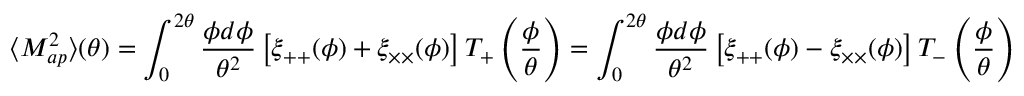
\langle M _ { a p } ^ { 2 } \rangle ( \theta ) = \int _ { 0 } ^ { 2 \theta } { \frac { \phi d \phi } { \theta ^ { 2 } } } \left[ \xi _ { + + } ( \phi ) + \xi _ { \times \times } ( \phi ) \right] T _ { + } \left( { \frac { \phi } { \theta } } \right) = \int _ { 0 } ^ { 2 \theta } { \frac { \phi d \phi } { \theta ^ { 2 } } } \left[ \xi _ { + + } ( \phi ) - \xi _ { \times \times } ( \phi ) \right] T _ { - } \left( { \frac { \phi } { \theta } } \right)